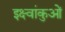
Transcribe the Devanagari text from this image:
इक्ष्वांकुओं